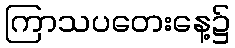
ကြာသပတေးနေ့၌